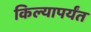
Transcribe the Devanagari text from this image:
किल्यापर्यंत